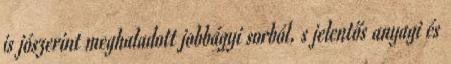
is jószerint meghaladott jobbágyi sorból, s jelentős anyagi és